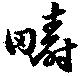
疇